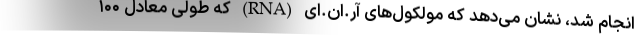
انجام شد، نشان می‌دهد که مولکول‌های آر.ان.ای (RNA) که طولی معادل ۱۰۰